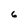
Character: 6